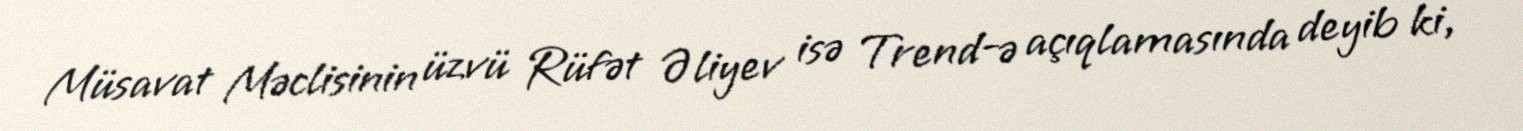
Müsavat Məclisinin üzvü Rüfət Əliyev isə Trend-ə açıqlamasında deyib ki,